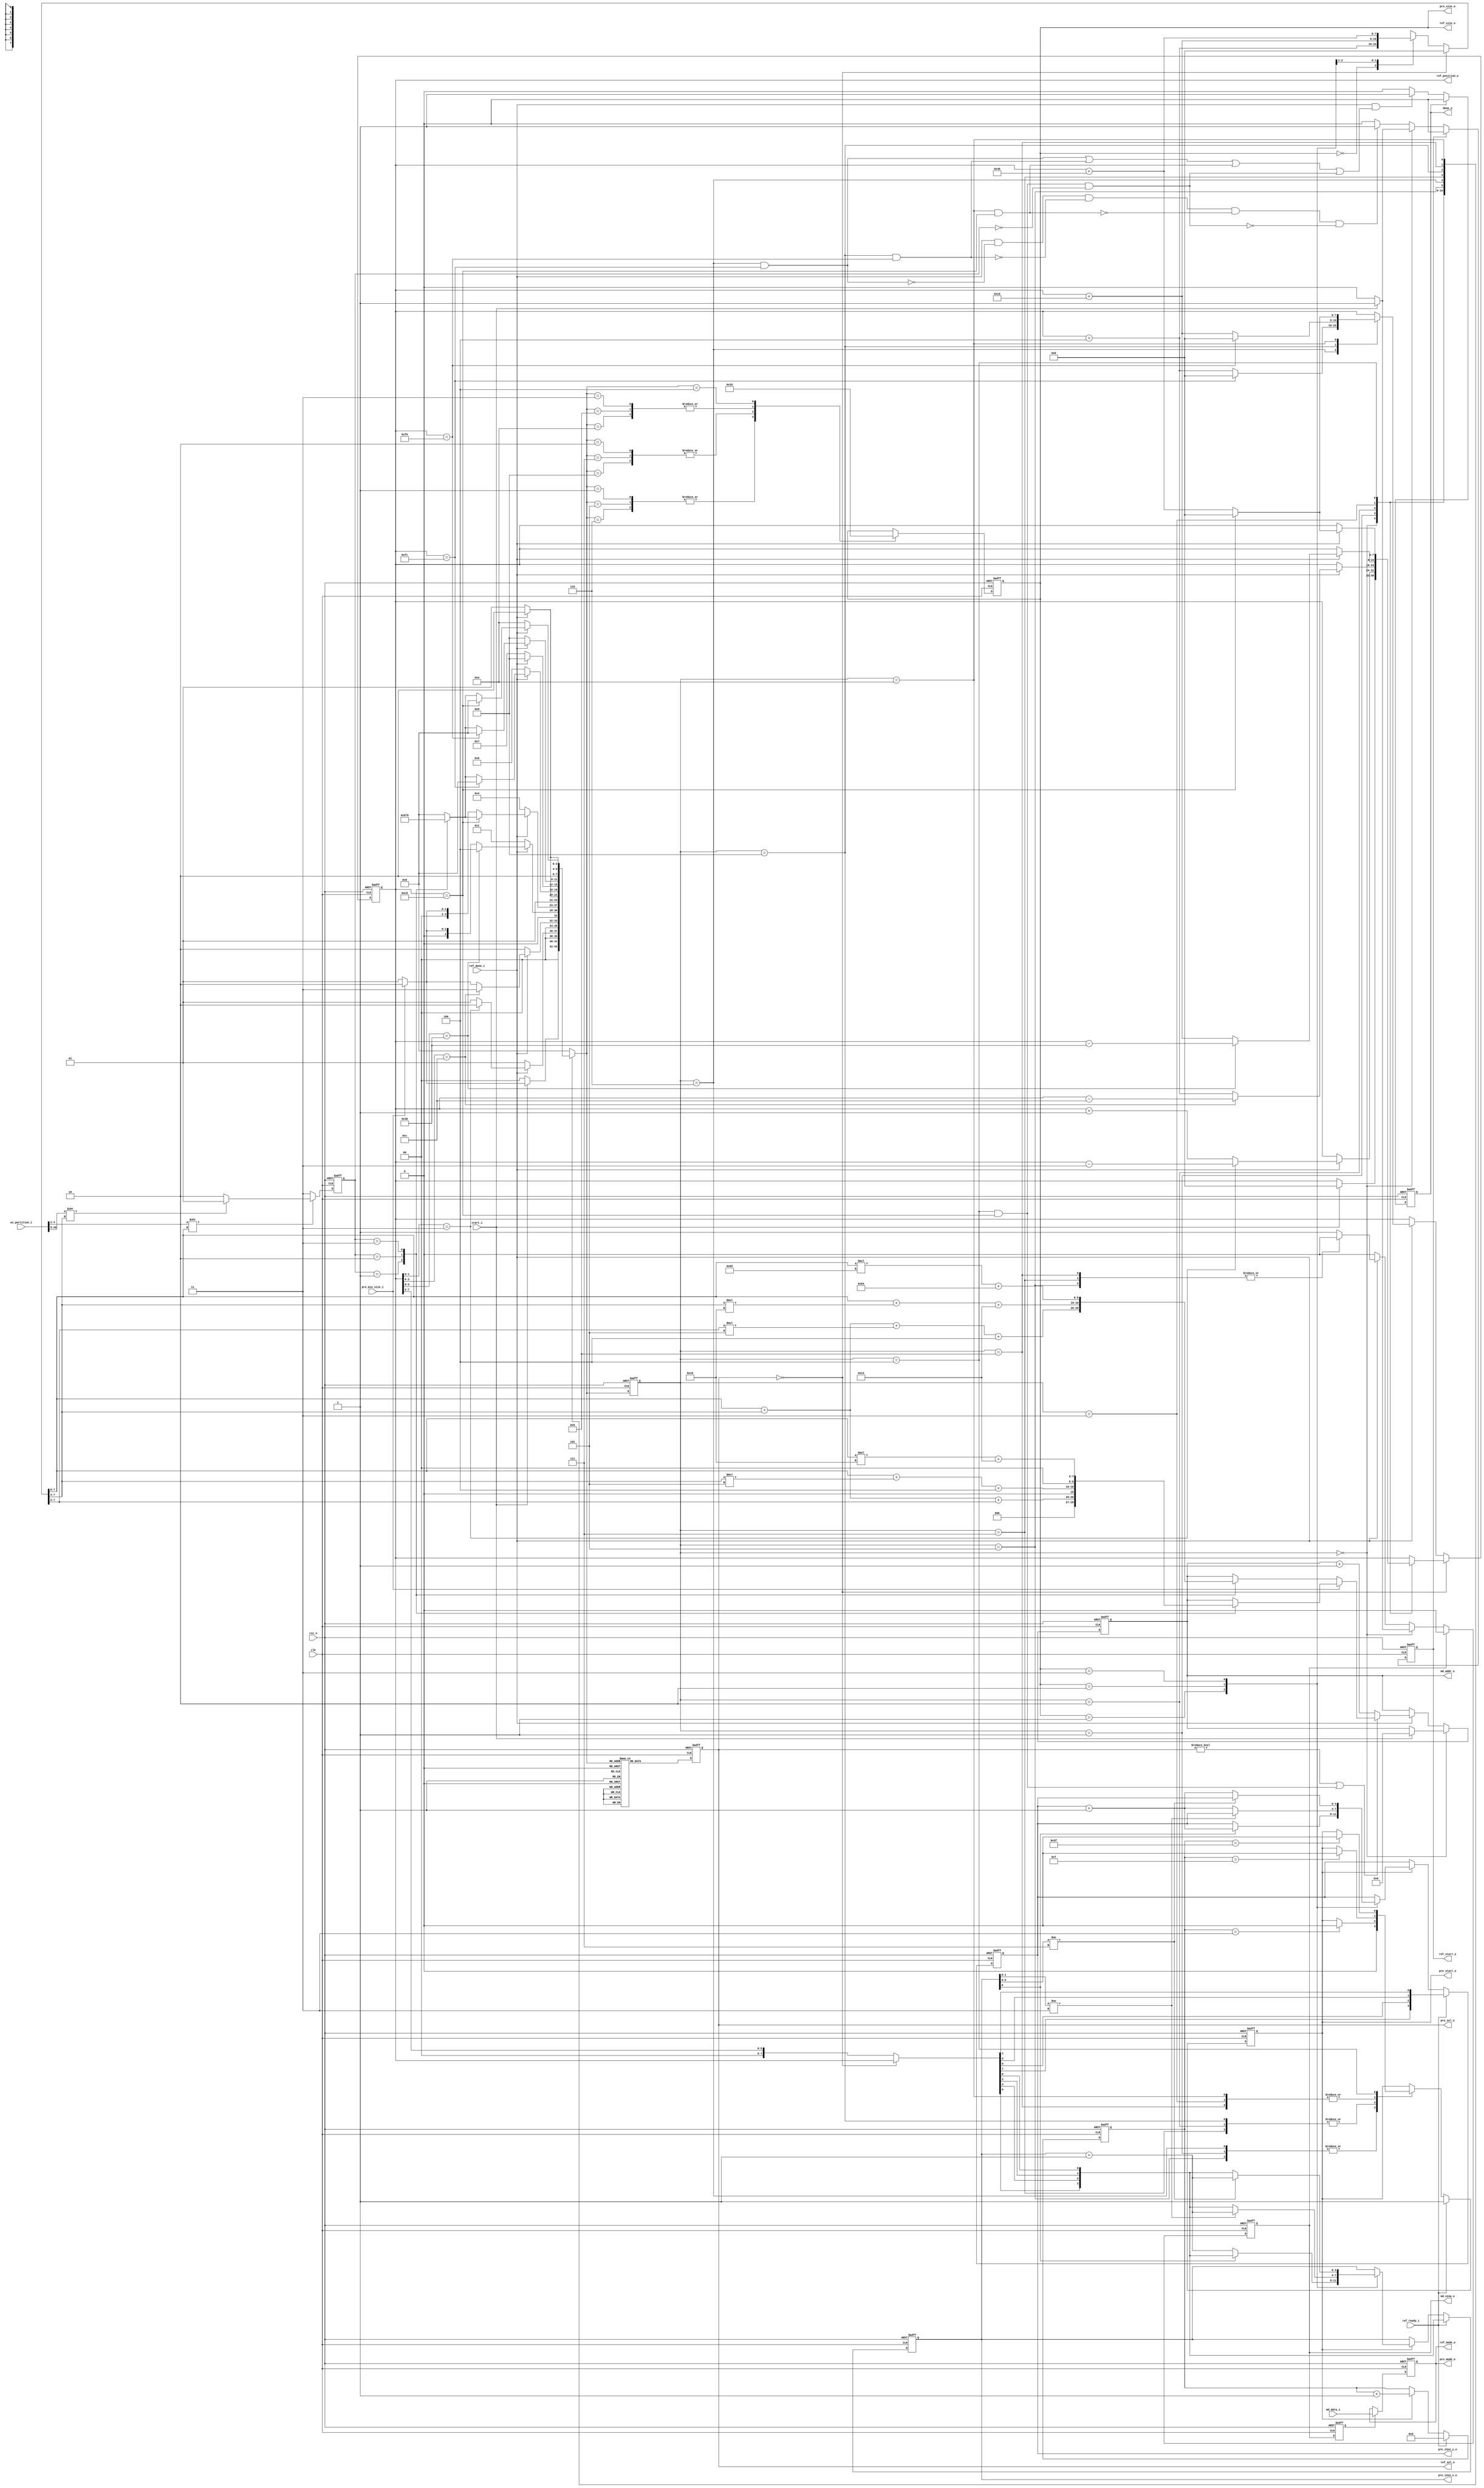
module intra_ctrl(
  clk                 ,
  rst_n               ,
  // sys if
  start_i             ,
  done_o              ,
  // pre ctrl if
  pre_min_size_i      ,
  uv_partition_i      ,
  // mode ram if
  md_cena_o           ,
  md_addr_o           ,
  md_data_i           ,
  // intra ref if
  ref_start_o         ,
  ref_done_i          ,
  ref_ready_i         ,
  ref_size_o          ,
  ref_mode_o          ,
  ref_sel_o           ,
  ref_position_o      ,
  // intra pred if
  pre_start_o         ,
  pre_mode_o          ,
  pre_sel_o           ,
  pre_size_o          ,
  pre_i4x4_x_o        ,
  pre_i4x4_y_o
  );


//*** PARAMETER DECLARATION ****************************************************

  localparam PIDLE        = 'd00             ,
             PRE04        = 'd01             ,
             PRE08        = 'd02             ,
             PRE16        = 'd03             ,
             PRE32        = 'd04             ,
             PRE08_U      = 'd05             ,
             PRE08_V      = 'd06             ,
             PRE16_U      = 'd07             ,
             PRE16_V      = 'd08             ,
             PRE32_U      = 'd09             ,
             PRE32_V      = 'd10             ;


//*** INPUT/OUTPUT DECLARATION *************************************************

  input                   clk                ;
  input                   rst_n              ;
  // sys if                                  
  input                   start_i            ;
  output reg              done_o             ;
  // pre ctrl if                             
  input                   pre_min_size_i     ;
  input      [20   : 0]   uv_partition_i     ;
  // mode ram if                             
  output reg              md_cena_o          ;
  output reg [9    : 0]   md_addr_o          ;
  input      [5    : 0]   md_data_i          ;
  // intra ref if                            
  output reg              ref_start_o        ;
  input                   ref_done_i         ;
  input                   ref_ready_i        ;
  output reg [1    : 0]   ref_size_o         ;
  output reg [5    : 0]   ref_mode_o         ;
  output reg [1    : 0]   ref_sel_o          ;
  output reg [7    : 0]   ref_position_o     ;
  // intra pred if                           
  output reg              pre_start_o        ;
  output     [5    : 0]   pre_mode_o         ;
  output     [1    : 0]   pre_sel_o          ;
  output     [1    : 0]   pre_size_o         ;
  output reg [3    : 0]   pre_i4x4_x_o       ;
  output reg [3    : 0]   pre_i4x4_y_o       ;


//************************ REG/WIRE DECLARATION **************************

  reg        [5    : 0]   pre_cnt_r          ;
  reg                     mode_valid_r       ;
  reg        [3    : 0]   state              ;
  reg        [3    : 0]   next_state         ;
                                             
  wire       [7    : 0]   pre_position       ;
  
  reg        [1    : 0]   next_size_r        ;
  wire                    partition_64_w     ;
  wire       [3    : 0]   partition_32_w     ;
  wire       [15   : 0]   partition_16_w     ;
  wire                    is_32_split_w      ;
  wire                    is_16_split_w      ;
  reg        [7    : 0]   next_uv_position_w ;


//*** MAIN BODY ****************************************************************

//--- State Machine --------------------

  // state machine : state
  always @(posedge clk or negedge rst_n) begin
    if(!rst_n)
      state <= PIDLE;
    else begin
      state <= next_state ;
    end
  end

  // state machine : next_state
  always @(*) begin
    next_state = PIDLE;
    case( state )
      PIDLE:     begin    if( start_i ) begin
                            if( pre_min_size_i==1'b0 )                        next_state = PRE04 ;
                            else                                              next_state = PRE08 ;
                          end
                          else                                                next_state = PIDLE ;
                 end
      PRE04:     begin    if( ref_done_i ) begin
                            if( ref_position_o[1:0]==2'b11 )                  next_state = PRE08 ;
                            else                                              next_state = PRE04 ;
                          end
                          else                                                next_state = PRE04 ;
                 end
      PRE08:     begin    if( ref_done_i ) begin
                            if( ref_position_o[3:0]==4'b1100 )                next_state = PRE16 ;
                            else begin
                              if( pre_min_size_i==1'b0 )                      next_state = PRE04 ;
                              else                                            next_state = PRE08 ;
                            end
                          end
                          else                                                next_state = PRE08 ;
                 end
      PRE16:     begin    if( ref_done_i ) begin
                            if( ref_position_o[5:0]==6'b110000 )              next_state = PRE32 ;
                            else begin
                              if( pre_min_size_i == 1'b0 )                    next_state = PRE04 ;
                              else                                            next_state = PRE08 ;
                            end
                          end
                          else                                                next_state = PRE16 ;
                 end
      PRE32:     begin    if( ref_done_i ) begin
                            if( ref_position_o[7:0]==8'b11000000 ) begin
                              case( next_size_r )
                                2'b01   :                                     next_state = PRE08_U ;
                                2'b10   :                                     next_state = PRE16_U ;
                                2'b11   :                                     next_state = PRE32_U ;
                                default :                                     next_state = PIDLE ;
                              endcase
                            end
                            else begin
                              if( pre_min_size_i==1'b0 )                      next_state = PRE04 ;
                              else                                            next_state = PRE08 ;
                            end
                          end
                          else                                                next_state = PRE32 ;
                 end
      PRE08_U:   begin    if( ref_done_i )                                    next_state = PRE08_V ;
                          else begin                                          next_state = PRE08_U ;
                          end
                 end
      PRE08_V:   begin    if( ref_done_i ) begin
                            if( ref_position_o[7:0]==8'b11111100 )            next_state = PIDLE ;
                            else begin
                              case( next_size_r )
                                2'b01   :                                     next_state = PRE08_U ;
                                2'b10   :                                     next_state = PRE16_U ;
                                2'b11   :                                     next_state = PRE32_U ;
                                default :                                     next_state = PIDLE ;
                              endcase
                            end
                          end
                          else                                                next_state = PRE08_V ;
                 end
      PRE16_U:   begin    if( ref_done_i )                                    next_state = PRE16_V ;
                          else begin                                          next_state = PRE16_U ;
                          end
                 end
      PRE16_V:   begin    if( ref_done_i ) begin
                            if( ref_position_o[7:0]==8'b11110000 )            next_state = PIDLE ;
                            else begin
                              case( next_size_r )
                                2'b01   :                                     next_state = PRE08_U ;
                                2'b10   :                                     next_state = PRE16_U ;
                                2'b11   :                                     next_state = PRE32_U ;
                                default :                                     next_state = PIDLE ;
                              endcase
                            end
                          end
                          else                                                next_state = PRE16_V ;
                 end
      PRE32_U:   begin    if( ref_done_i )                                    next_state = PRE32_V ;
                          else begin                                          next_state = PRE32_U ;
                          end
                 end
      PRE32_V:   begin    if( ref_done_i ) begin
                            if( ref_position_o[7:0]==8'b11000000 )            next_state = PIDLE ;
                            else begin
                              case( next_size_r )
                                2'b01   :                                     next_state = PRE08_U ;
                                2'b10   :                                     next_state = PRE16_U ;
                                2'b11   :                                     next_state = PRE32_U ;
                                default :                                     next_state = PIDLE ;
                              endcase
                            end
                          end
                          else                                                next_state = PRE32_V ;
                 end
    endcase
  end

//--- Partition Part -------------------

  // next_size_r
  always @(posedge clk or negedge rst_n) begin
    if( !rst_n )
      next_size_r <= 'd0 ;
    else if( !is_32_split_w )
      next_size_r <= 2'b11 ;
    else if( !is_16_split_w )
      next_size_r <= 2'b10 ;
    else begin
      next_size_r <= 2'b01 ;
    end
  end

  // is_split_w
  assign is_32_split_w = partition_32_w >> ( next_uv_position_w >> 6 ) ;
  assign is_16_split_w = partition_16_w >> ( next_uv_position_w >> 4 ) ;

  // partition_w
  assign { partition_16_w, partition_32_w ,partition_64_w } = uv_partition_i ;

  // next_uv_position_w
  always @(*) begin
    if( ref_sel_o==2'b00 )
      next_uv_position_w = 'd0 ;
    else begin
      case( ref_size_o )
        2'b00   : next_uv_position_w = ref_position_o + 'd04 ;
        2'b01   : next_uv_position_w = ref_position_o + 'd16 ;
        2'b10   : next_uv_position_w = ref_position_o + 'd64 ;
        default : next_uv_position_w = 'dx ;
      endcase
    end
  end


//--- System Part ----------------------

  // done_o
  always @(posedge clk or negedge rst_n) begin
    if( !rst_n )
      done_o <= 'd0 ;
    else if( done_o )
      done_o <= 'd0 ;
    else if( (ref_done_i) && ( ((state==PRE08_V)&&(ref_position_o[7:0]==8'b11111100)) ||
                               ((state==PRE16_V)&&(ref_position_o[7:0]==8'b11110000)) ||
                               ((state==PRE32_V)&&(ref_position_o[7:0]==8'b11000000)) ||
                               ((state==PRE32  )&&(ref_position_o[7:0]==8'b11000000))&&(next_size_r==2'b00)
                             )
           ) begin
      done_o <= 'd1 ;
    end
  end


//--- Mode Part ------------------------

  // md_cena_o
  always @(posedge clk or negedge rst_n) begin
    if(!rst_n)
      md_cena_o <= 'd0;
    else begin
      if( md_cena_o ) begin
        md_cena_o <= 'd0;
      end
      else begin
        if( state==PIDLE ) begin
          if( start_i ) begin
            md_cena_o <= 'd1;
          end
        end
        else begin
          if( ref_done_i ) begin
             case( state )
               PRE08_U ,
               PRE16_U ,
               PRE32_U :    md_cena_o <= 'd0 ;
               default :    md_cena_o <= 'd1 ;
             endcase
          end
        end
      end
    end
  end

  // md_addr_o
  always @(posedge clk or negedge rst_n) begin
    if( !rst_n )
      md_addr_o <= 'd0;
    else begin
      if( state==PIDLE ) begin
        if( start_i ) begin
          md_addr_o <= 'd0;
        end
      end
      else begin
        if( ref_done_i ) begin
          if( (ref_sel_o!=2'b00) || ((state==PRE32)&&(ref_position_o[7:0]==8'b11000000)) )
            if( pre_min_size_i==1'b0 )
              case( next_size_r )
                2'b01 : md_addr_o <= next_uv_position_w[7:6] + next_uv_position_w[7:4] + next_uv_position_w[7:2]*5 + 4 ;
                2'b10 : md_addr_o <= next_uv_position_w[7:6] + next_uv_position_w[7:4]*21 + 20;
                2'b11 : md_addr_o <= next_uv_position_w[7:6]*85 + 84 ;
              endcase
            else begin
              case( next_size_r )
                2'b01 : md_addr_o <= next_uv_position_w[7:6] + next_uv_position_w[7:4] + next_uv_position_w[7:2] ;
                2'b10 : md_addr_o <= next_uv_position_w[7:6] + next_uv_position_w[7:4]*5 + 4 ;
                2'b11 : md_addr_o <= next_uv_position_w[7:6]*21 + 20;                         
              endcase
            end
          else begin
            md_addr_o <= md_addr_o + 'd1 ;
          end
        end
      end
    end
  end


//--- Ref Part -------------------------

  // ref_start_o
  always @(posedge clk or negedge rst_n) begin
    if( !rst_n ) begin
      ref_start_o <= 'd0 ;
    end
    else begin
      if( ref_start_o ) begin
        ref_start_o <= 'd0 ;
      end
      else begin
        if( state==PIDLE ) begin
          if( start_i ) begin
            ref_start_o <= 'd1 ;
          end
        end
        else begin
          if( ref_done_i && ( ! ((state==PRE08_V)&&(ref_position_o[7:0]==8'b11111100)) )
                         && ( ! ((state==PRE16_V)&&(ref_position_o[7:0]==8'b11110000)) )
                         && ( ! ((state==PRE32_V)&&(ref_position_o[7:0]==8'b11000000)) )
                         && ( ! ((state==PRE32  )&&(ref_position_o[7:0]==8'b11000000)&&(next_size_r==2'b00)) )
            ) begin
            ref_start_o <= 'd1 ;
          end
        end
      end
    end
  end

  // ref_size_o
  always @(posedge clk or negedge rst_n) begin
    if( !rst_n ) begin
      ref_size_o <= 2'b00 ;
    end
    else begin
      case( next_state )
        PRE04 ,PRE08_U ,PRE08_V :    ref_size_o <= 2'b00 ;
        PRE08 ,PRE16_U ,PRE16_V :    ref_size_o <= 2'b01 ;
        PRE16 ,PRE32_U ,PRE32_V :    ref_size_o <= 2'b10 ;
        PRE32                   :    ref_size_o <= 2'b11 ;
      endcase
    end
  end

//******************************************************************************
/* FOR DEBUG
  // ref_size_r
  reg [1:0] ref_size_r ;
  wire      ref_size_d ;
  always @(posedge clk or negedge rst_n) begin
    if(!rst_n) begin
      ref_size_r <= 2'b00 ;
    end
    else begin
      case( state )
        PIDLE: begin    if( start_i ) begin
                          if( pre_min_size_i==1'b0 )                      ref_size_r <= 2'b00 ;
                          else                                            ref_size_r <= 2'b01 ;
                        end
               end
        PRE04: begin    if( ref_done_i )
                          if( ref_position_o[1:0]==2'b11 )                ref_size_r <= 2'b01 ;
                          else                                            ref_size_r <= 2'b00 ;
               end
        PRE08: begin    if( ref_done_i ) begin
                          if( ref_position_o[3:0]==4'b1100 )              ref_size_r <= 2'b10 ;
                          else begin
                            if( pre_min_size_i==1'b0 )                    ref_size_r <= 2'b00 ;
                            else                                          ref_size_r <= 2'b01 ;
                          end
                        end
               end
        PRE16: begin    if( ref_done_i ) begin
                          if( ref_position_o[5:0]==6'b110000 )            ref_size_r <= 2'b11 ;
                          else begin
                            if( pre_min_size_i==1'b0 )                    ref_size_r <= 2'b00 ;
                            else                                          ref_size_r <= 2'b01 ;
                          end
                        end
               end
        PRE32: begin    if( ref_done_i ) begin
                          if( pre_min_size_i==1'b0 )                      ref_size_r <= 2'b00 ;
                          else                                            ref_size_r <= 2'b01 ;
                        end
               end
      endcase
    end
  end
  assign ref_size_d = ref_size_r != ref_size_o ;
*/
//******************************************************************************

  // ref_mode_o : mode_valid_r
  always @(posedge clk or negedge rst_n) begin
    if( !rst_n )
      mode_valid_r <= 'd0 ;
    else begin
      mode_valid_r <= md_cena_o ;
    end
  end

  // ref_mode_o : ref_mode_o
  always @(posedge clk or negedge rst_n) begin
    if( !rst_n )
      ref_mode_o <= 'd0 ;
    else begin
      if( mode_valid_r ) begin
        ref_mode_o <= md_data_i ;
      end
    end
  end
  
  // ref_sel_o
  always @(posedge clk or negedge rst_n) begin
    if( !rst_n )
      ref_sel_o <= 'd0 ;
    else begin
      case( next_state )
        PRE04  ,PRE08  ,PRE16  ,PRE32   : ref_sel_o <= 2'b00 ;
                PRE08_U,PRE16_U,PRE32_U : ref_sel_o <= 2'b10 ;
                PRE08_V,PRE16_V,PRE32_V : ref_sel_o <= 2'b11 ;
        default                         : ref_sel_o <= 2'b00 ;
      endcase
    end
  end

  // ref_position_o
  always @(posedge clk or negedge rst_n) begin
    if( !rst_n )
      ref_position_o <= 'd0 ;
    else begin
      if( ref_sel_o==2'b00 ) begin
        case( state )
          PIDLE :   begin   if( start_i )                               ref_position_o <= 'd0 ;
                    end
          PRE04 :   begin   if( ref_done_i ) begin
                              if( ref_position_o[1:0]==2'b11 )          ref_position_o <= ref_position_o - 'd03 ;
                              else                                      ref_position_o <= ref_position_o + 'd01 ;
                            end
                    end
          PRE08 :   begin   if( ref_done_i ) begin
                              if( ref_position_o[3:0]==4'b1100 )        ref_position_o <= ref_position_o - 'd12 ;
                              else                                      ref_position_o <= ref_position_o + 'd04 ;
                            end
                    end
          PRE16 :   begin   if( ref_done_i ) begin
                              if( ref_position_o[5:0]==6'b110000 )      ref_position_o <= ref_position_o - 'd48 ;
                              else                                      ref_position_o <= ref_position_o + 'd16 ;
                            end
                    end
          PRE32 :   begin   if( ref_done_i ) begin
                              if( ref_position_o[7:0]==8'b11000000 )    ref_position_o <= 'd0 ;
                              else                                      ref_position_o <= ref_position_o + 'd64 ;
                            end
                    end
        endcase
      end
      else begin
        if( ref_done_i ) begin
          case( state )
            PRE08_V:  begin   if( ref_position_o[7:0]==8'b11111100 )    ref_position_o <= 'd0 ;                    // 252
                              else                                      ref_position_o <= ref_position_o + 'd04 ;
                      end
            PRE16_V:  begin   if( ref_position_o[7:0]==8'b11110000 )    ref_position_o <= 'd0 ;                    // 240
                              else                                      ref_position_o <= ref_position_o + 'd16 ;
                      end
            PRE32_V:  begin   if( ref_position_o[7:0]==8'b11000000 )    ref_position_o <= 'd0 ;                    // 192
                              else                                      ref_position_o <= ref_position_o + 'd64 ;
                      end
          endcase
        end
      end
    end
  end


//--- Pre Part -------------------------

  // pre_start_o : pre_cnt_r
  always @(posedge clk or negedge rst_n) begin
    if( !rst_n ) begin
      pre_cnt_r <= 'd0 ;
    end
    else begin
      if( ref_ready_i ) begin
        pre_cnt_r <= 'd0 ;
      end
      else begin
        if( pre_start_o )
          pre_cnt_r <= pre_cnt_r+1 ;
      end
    end
  end

  // pre_start_o : pre_start_o
  always @(posedge clk or negedge rst_n) begin
    if( !rst_n ) begin
      pre_start_o <= 'd0 ;
    end
    else begin
      if( ref_ready_i ) begin
        pre_start_o <= 'd1 ;
      end
      else begin
        case( state )
          PRE04 ,PRE08_U ,PRE08_V:     begin    if( pre_start_o )        pre_start_o <= 'd0;
                                       end
          PRE08 ,PRE16_U ,PRE16_V:     begin    if( pre_cnt_r=='d3 )     pre_start_o <= 'd0;
                                       end
          PRE16 ,PRE32_U ,PRE32_V:     begin    if( pre_cnt_r=='d15 )    pre_start_o <= 'd0;
                                       end
          PRE32:                       begin    if( pre_cnt_r=='d63 )    pre_start_o <= 'd0;
                                       end
        endcase
      end
    end
  end

  // pre_mode_o
  assign pre_mode_o = ref_mode_o ;

  // pre_sel_o
  assign pre_sel_o = ref_sel_o ;

  // pre_size_o
//  assign pre_size_o = (ref_sel_o==2'b00) ? ref_size_o : (ref_size_o>>1) ;
  assign pre_size_o = ref_size_o ;

  // pre_i4x4_x_o, pre_i4x4_y_o : pre_position
  assign pre_position = (ref_sel_o==2'b00) ? ref_position_o : (ref_position_o>>2) ;

  // pre_i4x4_x_o, pre_i4x4_y_o : pre_i4x4_x_o, pre_i4x4_y_o
  always @(posedge clk or negedge rst_n) begin
    if(!rst_n) begin
      pre_i4x4_y_o <= 'd0;
      pre_i4x4_x_o <= 'd0;
    end
    else begin
      if(ref_ready_i) begin
        pre_i4x4_y_o <= {pre_position[7], pre_position[5], pre_position[3], pre_position[1]};
        pre_i4x4_x_o <= {pre_position[6], pre_position[4], pre_position[2], pre_position[0]};
      end
      else begin
        if(pre_start_o) begin
          case(pre_size_o)
            2'b01: begin    if(!pre_i4x4_x_o[0])             pre_i4x4_x_o <= pre_i4x4_x_o+1;
                            else begin                       pre_i4x4_x_o <= {pre_position[6], pre_position[4], pre_position[2], pre_position[0]};
                                                             pre_i4x4_y_o <= pre_i4x4_y_o+1;
                            end
                   end
            2'b10: begin    if(pre_i4x4_x_o[1:0]!=2'b11)     pre_i4x4_x_o <= pre_i4x4_x_o+1;
                            else begin                       pre_i4x4_x_o <= {pre_position[6], pre_position[4], pre_position[2], pre_position[0]};
                                                             pre_i4x4_y_o <= pre_i4x4_y_o+1;
                            end
                   end
            2'b11: begin    if(pre_i4x4_x_o[2:0]!=3'b111)    pre_i4x4_x_o <= pre_i4x4_x_o+1;
                            else begin                       pre_i4x4_x_o <= {pre_position[6], pre_position[4], pre_position[2], pre_position[0]};
                                                             pre_i4x4_y_o <= pre_i4x4_y_o+1;
                            end
                   end
          endcase
        end
      end
    end
  end

endmodule